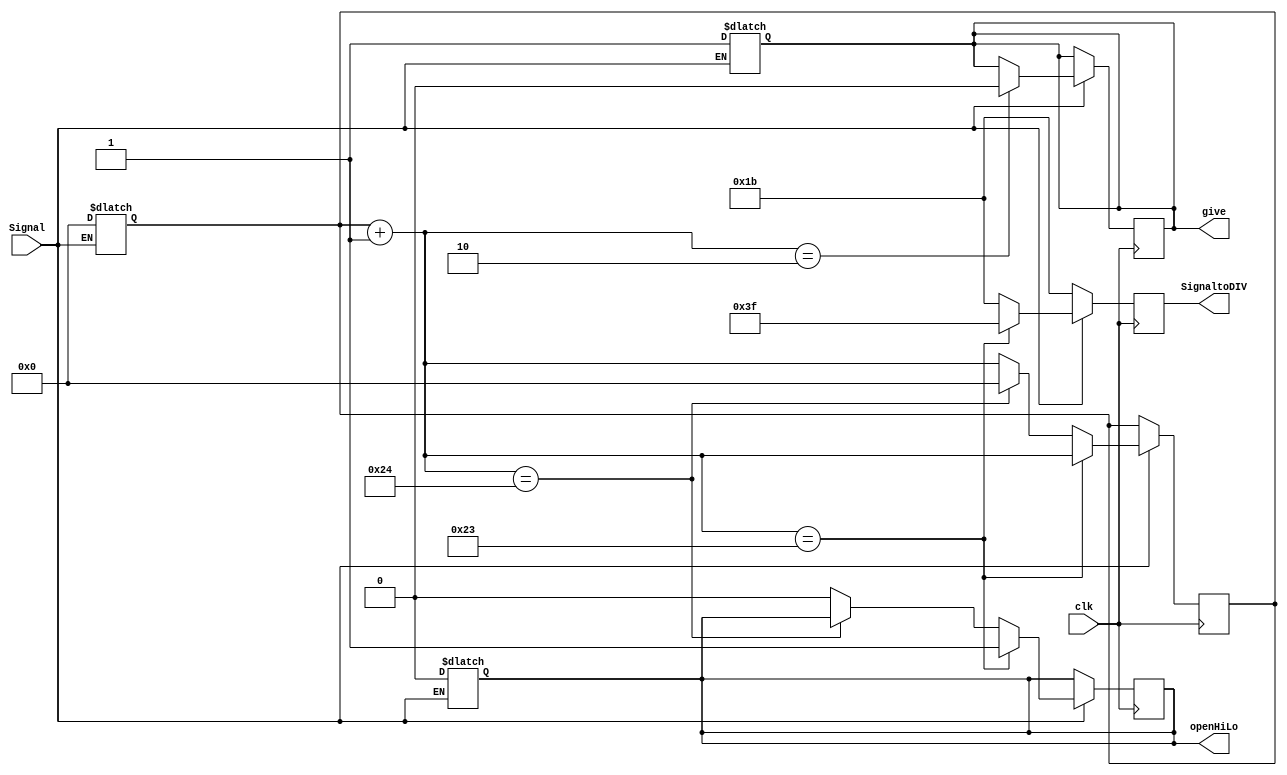
`timescale 1ns/1ns

module DivControl( clk, Signal, SignaltoDIV, openHiLo, give );

	input clk ;
	input Signal ;

	output [5:0] SignaltoDIV ;
	output openHiLo, give ;

	reg [5:0] temp ;
	reg [6:0] counter ;
	reg openHiLo, give ;

	parameter DIVU= 6'b011011;
	parameter OUT= 6'b111111;

	always@( Signal ) begin

		if ( Signal ) begin

			counter = 0 ;
			openHiLo = 1'b0 ;
			give = 1'b1 ;

		end
    
	end

	always@( posedge clk ) begin

		temp = DIVU ;

		if ( Signal ) begin

			counter = counter + 1 ;

			if ( counter == 2 )
				give = 1'b0 ;

			if ( counter == 35 ) begin

				temp = OUT; // Open HiLo reg for Div
				openHiLo = 1'b1 ;

			end
			
			else if ( counter == 36 )
				counter = 0 ;


			else
				openHiLo = 1'b0 ;

		end

	end

	assign SignaltoDIV = temp ;

endmodule